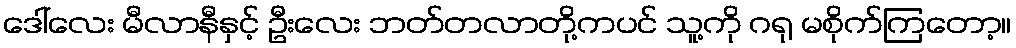
ဒေါ်လေး မီလာနီနှင့် ဦးလေး ဘတ်တလာတို့ကပင် သူ့ကို ဂရု မစိုက်ကြတော့။